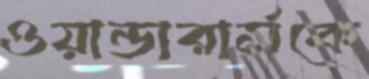
ওয়ান্ডারার্সকে